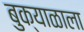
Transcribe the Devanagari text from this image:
बुक्याळाला